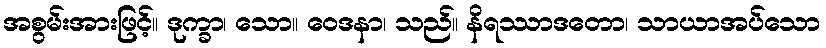
အစွမ်းအားဖြင့်။ ဒုက္ခာ၊ သော။ ဝေဒနာ၊ သည်။ နိရဿာဒတော၊ သာယာအပ်သော